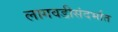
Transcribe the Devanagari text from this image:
लागवडीसंदर्भात